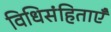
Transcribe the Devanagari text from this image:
विधिसंहिताएँ